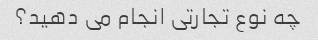
چه نوع تجارتی انجام می دهید؟